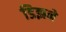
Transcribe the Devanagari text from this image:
डिझने